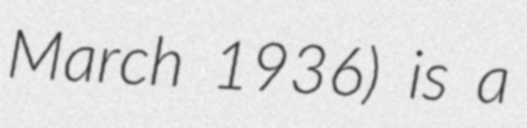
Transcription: March 1936) is a